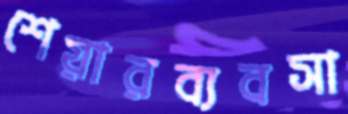
শেয়ারব্যবসা